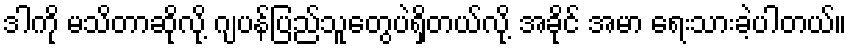
ဒါကို မသိတာဆိုလို့ ဂျပန်ပြည်သူတွေပဲရှိတယ်လို့ အခိုင် အမာ ရေးသားခဲ့ပါတယ်။